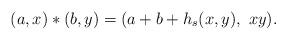
LaTeX: \begin{align*}(a, x) \ast (b, y) = (a + b + h_s(x, y),\ xy).\end{align*}